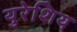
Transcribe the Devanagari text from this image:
युरेशिय